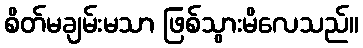
စိတ်မချမ်းမသာ ဖြစ်သွားမိလေသည်။